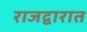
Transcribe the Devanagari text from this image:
राजद्वारात